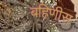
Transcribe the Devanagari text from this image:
बहिणीस